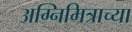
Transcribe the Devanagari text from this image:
अग्निमित्राच्या